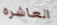
العاشره